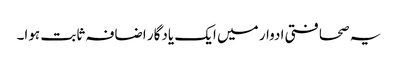
یہ صحافتی ادوار میں ایک یادگار اضافہ ثابت ہوا۔